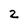
Character: 2